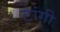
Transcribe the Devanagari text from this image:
टांगी